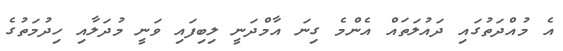
އެ މުއްދަތުގައި ދައުލަތައް އެންމެ ގިނަ އާމްދަނީ ލިބިފައި ވަނީ މުދަލާއި ހިދުމަތުގެ